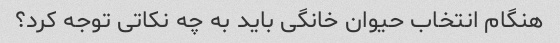
هنگام انتخاب حیوان خانگی باید به چه نکاتی توجه کرد؟